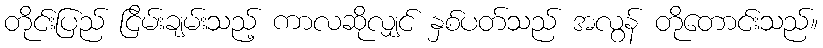
တိုင်းပြည် ငြိမ်းချမ်းသည့် ကာလဆိုလျှင် နှစ်ပတ်သည် အလွန် တိုတောင်းသည်။